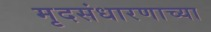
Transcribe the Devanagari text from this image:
मृदसंधारणाच्या